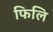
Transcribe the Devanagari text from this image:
फिलि